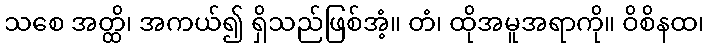
သစေ အတ္ထိ၊ အကယ်၍ ရှိသည်ဖြစ်အံ့။ တံ၊ ထိုအမူအရာကို။ ဝိစိနထ၊